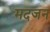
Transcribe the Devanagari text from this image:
मदजन